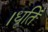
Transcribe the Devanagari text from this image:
।धृतिं